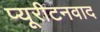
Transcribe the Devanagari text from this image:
प्यूरीटनवाद